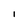
Character: l